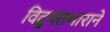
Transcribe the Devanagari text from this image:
विद्युतभाराने